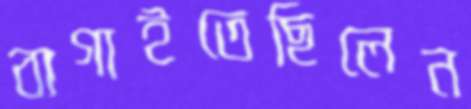
বাগাইতেছিলেন